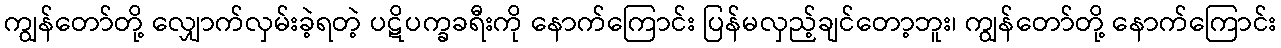
ကျွန်တော်တို့ လျှောက်လှမ်းခဲ့ရတဲ့ ပဋိပက္ခခရီးကို နောက်ကြောင်း ပြန်မလှည့်ချင်တော့ဘူး၊ ကျွန်တော်တို့ နောက်ကြောင်း